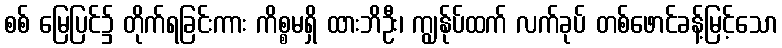
စစ် မြေပြင်၌ တိုက်ရခြင်းကား ကိစ္စမရှိ ထားဘိဦး၊ ကျွန်ုပ်ထက် လက်ခုပ် တစ်ဖောင်ခန့်မြင့်သော